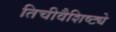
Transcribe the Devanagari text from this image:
तिचीवैशिष्ट्ये